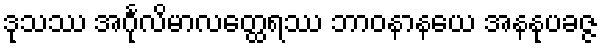
ဒုသဿ အင်္ဂုလိမာလတ္ထေရဿ ဘာဝနာနယေ အနနုပခဇ္ဇ